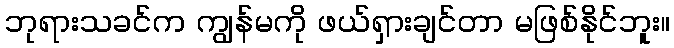
ဘုရားသခင်က ကျွန်မကို ဖယ်ရှားချင်တာ မဖြစ်နိုင်ဘူး။